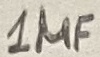
Text: 1µF